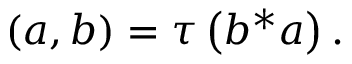
( a , b ) = \tau \left( b ^ { * } a \right) .